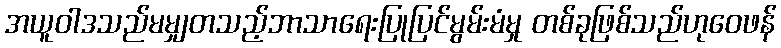
အယူဝါဒသည်မမျှတသည့်ဘာသာရေးပြုပြင်မွမ်းမံမှု တစ်ခုဖြစ်သည်ဟုဝေဖန်